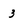
Character: 3